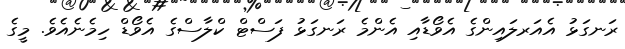
ރަނގަޅު އެއަރލައިންގެ އެވޯޑާއި އެންމެ ރަނގަޅު ފަސްޓް ކްލާސްގެ އެވޯޑް ހިމެނެއެވެ. މީގެ